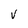
Character: V